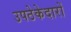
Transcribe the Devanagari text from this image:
उपठेकेदारों